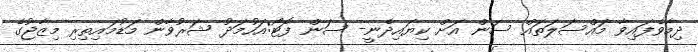
ދިމާވެފައިވާ މައްސަލަތައް ސަން އަށް ކިޔައިދެނީ- ސަން ފޮޓޯ:އަހުމަދު ޝަރުވާން މަޑުމައިތިރި މިޒާޖުގެ